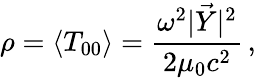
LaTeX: \rho=\langle T_{00}\rangle=\frac{\omega^{2}|\vec{Y}|^{2}}{2\mu_{0}c^{2}}\, ,